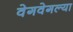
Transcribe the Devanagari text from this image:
वेगवेगल्या